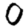
Digit: 0